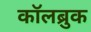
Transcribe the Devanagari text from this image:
कॉलब्रुक